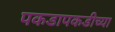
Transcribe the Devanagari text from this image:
पकडापकडीच्या